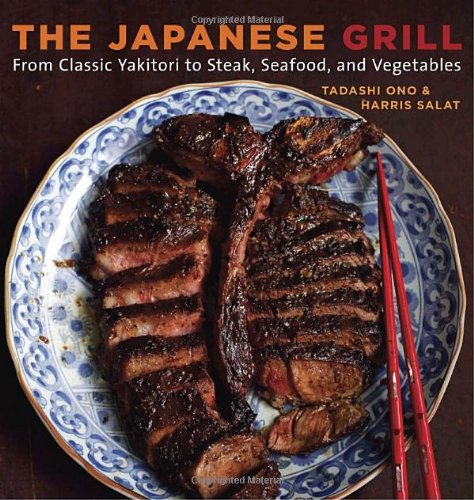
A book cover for The Japanese Grill: From Classic Yakitori to Steak, Seafood, and Vegetables; Tadashi Ono; Cookbooks, Food & Wine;